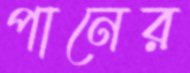
পানের